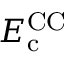
E _ { \mathrm { c } } ^ { \mathrm { C C } }